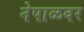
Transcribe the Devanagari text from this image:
नेपाळवर